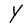
Character: Y